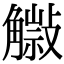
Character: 𧤿